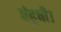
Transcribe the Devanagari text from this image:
पंहुची।